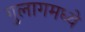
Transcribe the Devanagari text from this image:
गुलागमध्ये